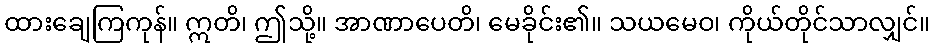
ထားချေကြကုန်။ ဣတိ၊ ဤသို့။ အာဏာပေတိ၊ မေခိုင်း၏။ သယမေဝ၊ ကိုယ်တိုင်သာလျှင်။